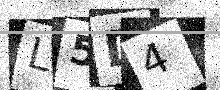
Text: L5D4